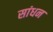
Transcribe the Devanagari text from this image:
सांधन